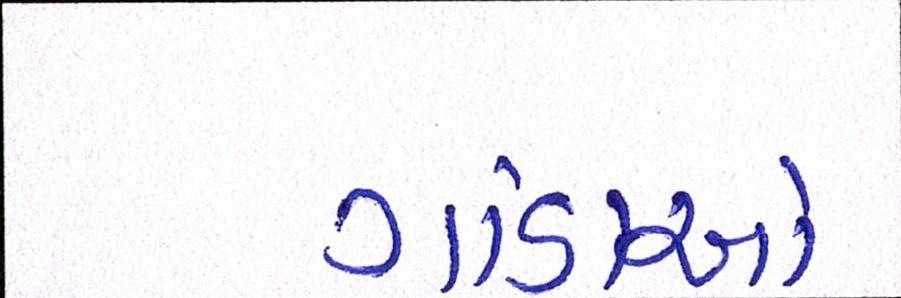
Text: ગાંડાઓ